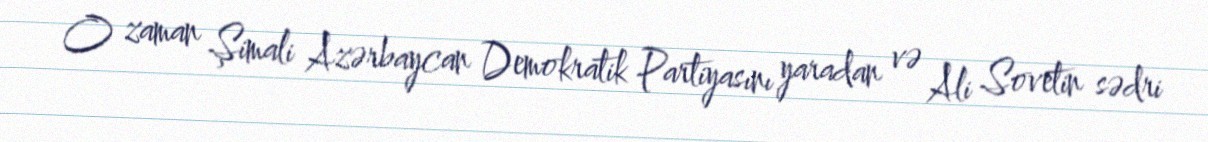
O zaman Şimali Azərbaycan Demokratik Partiyasını yaradan və Ali Sovetin sədri